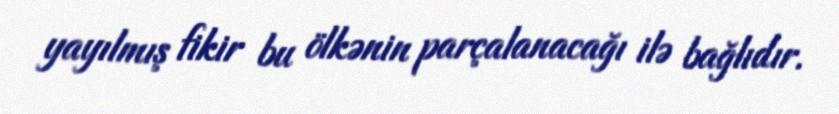
yayılmış fikir bu ölkənin parçalanacağı ilə bağlıdır.